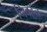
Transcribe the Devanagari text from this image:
निवर्हन